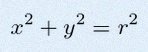
x^2+y^2=r^2